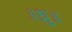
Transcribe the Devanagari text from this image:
॥ध्रु॥